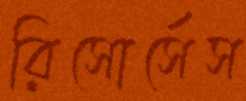
রিসোর্সেস